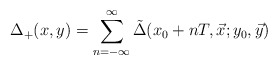
\begin{align*}\Delta_+ (x,y)=\sum_{n=-\infty}^{\infty} \tilde{\Delta} (x_0+nT,\vec{x}; y_0,\vec{y})\end{align*}